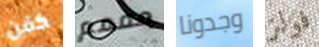
كفن مممم وجدونا فولز